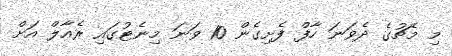
މި މެޗުގެ ދެވަނަ ހާފް ފެށިގެން 10 ވަނަ މިނެޓުގައި ރެއާލް އަށް